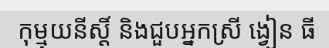
កុម្មុយនីស្តិ៍ និងជួបអ្នកស្រី ង្វៀន ធី